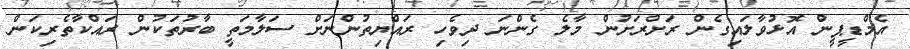
އެމްޑީޕީން އޮޅުވާލައިގެން ރަށްރަށުން މާލެ ގެންނަ ދިވެހި ރައްޔިތުންނަށް ސަލާމަތީ ބާރުތަކުން ރައްކާތެރިކަން